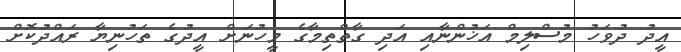
އީދު ދުވަހު މުސްލިމް އަޚުންނާއި އަދި ގާތްތިމާގެ މީހުނަށް އީދުގެ ތަހުނިޔާ ރައްދުކޮށް